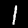
Label: 1